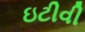
ઇટીવી